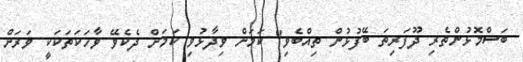
ބަސްމޮޅުންތެރި ދޫފަރިތަ ބޭފުޅުން ތިއްބެވި" ކަމަށް ވިދާޅުވި ކަމަށް ދެކެވޭ ވާހަކަތަކަކީ ވަރަށް